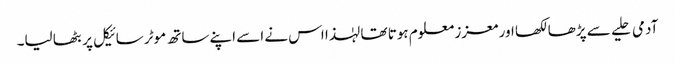
آدمی حلیے سے پڑھا لکھا اور معزز معلوم ہوتا تھا لہٰذا اس نے اسے اپنے ساتھ موٹر سائیکل پر بٹھا لیا۔